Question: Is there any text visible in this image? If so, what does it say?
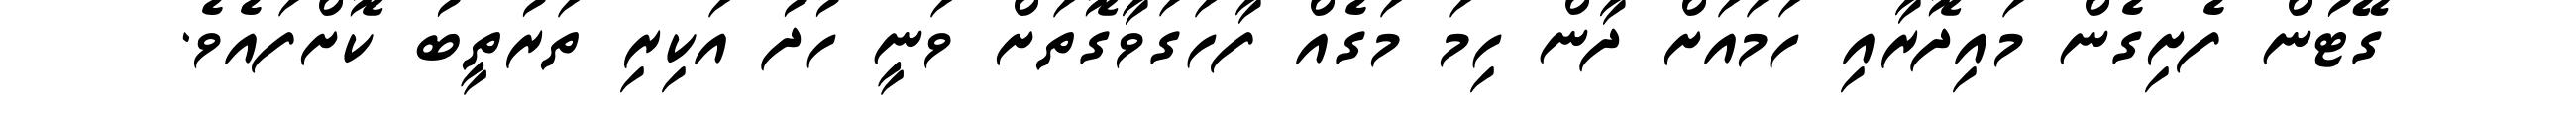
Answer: ގޭޓުން ފެށިގެން މައިދޮރާއި ހަމައަށް ދާން ހިމަ މަގެއް ފާހަގަވާގޮތަށް ވަނީ ހުދު އަކިރި ތަރުތީބު ކޮށްފައެވެ.